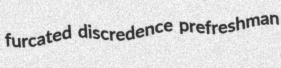
furcated discredence prefreshman